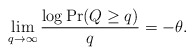
\begin{align*}\lim_{q\to\infty}\frac{\log{\Pr(Q\geq q)}}{q} = -\theta.\end{align*}